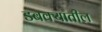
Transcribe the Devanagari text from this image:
डबक्यातील